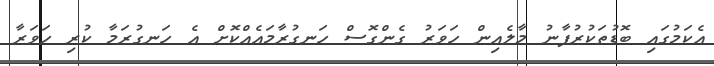
އެކަމުގައި ބޮޑުތަކުރުފާނު މާލެއިން ހަވަރު ގެންގޮސް ހަނގުރާމައެއްކޮށް އެ ހަނގުރަމާ ކުރި ހަވަރާ